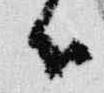
候